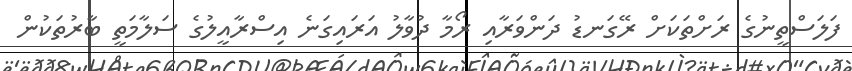
ފަލަސްތީނުގެ ރަށްތަކަށް ރޭގަނޑު ދަންވަރާއި ރޯމާ ދުވާލު އަރައިގަނެ އިސްރާއީލުގެ ސަލާމަތީ ބާރުތަކުން